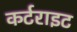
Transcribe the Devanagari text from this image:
कर्टराइट